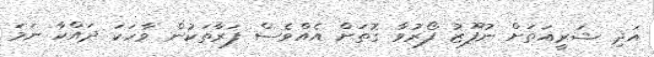
އަދި ޝަރީއަތަށް ނުފޫޒު ފޯރުވާ ގޮތަށް އެއްވެސް ފަރާތަކުން ވާހަކަ ދައްކާ ނަމަ